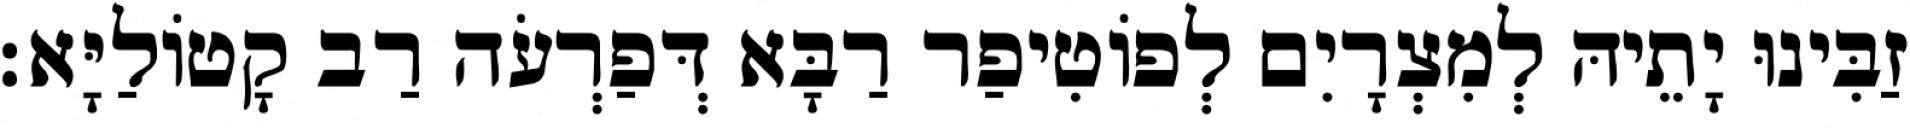
זַבִּינוּ יָתֵיהּ לְמִצְרָיִם לְפוֹטִיפַר רַבָּא דְּפַרְעֹה רַב קָטוֹלַיָּא׃